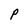
Character: P